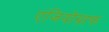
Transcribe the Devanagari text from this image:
एंजियोग्राफ